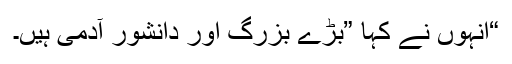
“انہوں نے کہا ”بڑے بزرگ اور دانشور آدمی ہیں۔